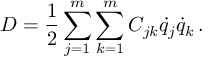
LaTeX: D = { \frac { 1 } { 2 } } \sum _ { j = 1 } ^ { m } \sum _ { k = 1 } ^ { m } C _ { j k } { \dot { q } } _ { j } { \dot { q } } _ { k } \, .